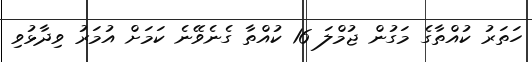
ހަތަރު ކުއްތާގެ މަގުން ޖުމްލަ 16 ކުއްތާ ގެނެވޭނެ ކަމަށް އުމަރު ވިދާޅުވި